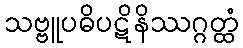
သဗ္ဗူပဓိပဋိနိဿဂ္ဂတ္ထံ